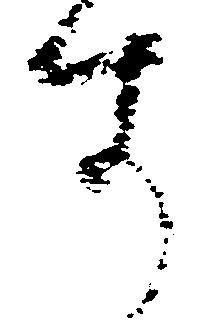
す